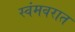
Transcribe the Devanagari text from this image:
स्वंमवरात